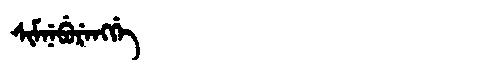
Manchu: ᠰᡳᠮᠨᡝᠪᡠᡵᡝᠩᡤᡝ
Romanization: SIMNEBURENGGE